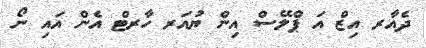
ދެއާރ އިޒް އަ ޕްލޭސް އިން ޔުއަރ ހާރޓް އެން އައި ނޯ